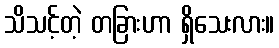
သိသင့်တဲ့ တခြားဟာ ရှိသေးလား။